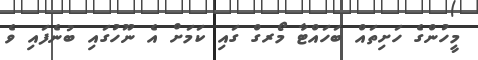
މީހުންގެ ހަށިތައް ބަހައްޓާ މޯރގް ގައި ކަމަށް އެ ނޫހުގައި ބުނެފައި ވެ